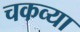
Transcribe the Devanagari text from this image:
चकव्या